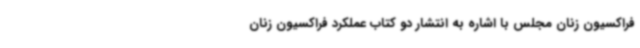
فراکسیون زنان مجلس با اشاره به انتشار دو کتاب عملکرد فراکسیون زنان